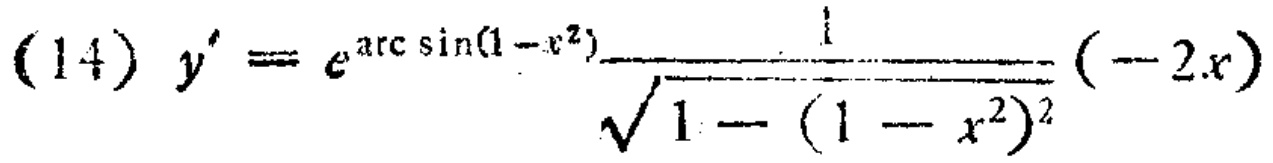
\((14) \ y' = e^{\arcsin(1 - x^{2})}\frac{1}{\sqrt{1 - (1 - x^{2})^{2}}}(-2x)\)